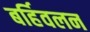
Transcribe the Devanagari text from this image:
बर्हिवलन